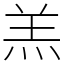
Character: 羔